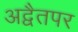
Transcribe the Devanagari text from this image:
अद्वैतपर